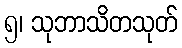
၅၊ သုဘာသိတသုတ်